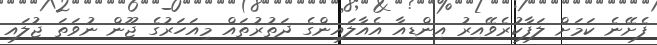
ފެށޭނެ ކަަމަށް ލަފާކުރެވޭއިރު އިންޑިއާ އެއާލައިންގެ ދަތުރުތައް މިއަހަރުގެ ޖޫން ނުވަތަ ޖުލައި